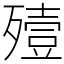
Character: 殪